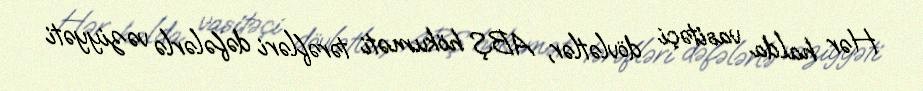
Hər halda vasitəçi dövlətlər, ABŞ hökuməti tərəfləri dəfələrlə vəziyyəti